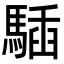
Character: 䮢